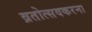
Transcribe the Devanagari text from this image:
व्रतोत्सवकरना